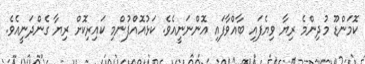
ކޮމަންޑޫ މުދިންމެ ރިޔާ ވިޔެފައި ބާއްވާފައި އޮންނަނީއެވެ. ކަޅުއޮއްފުންމި ކައިރިކޮށް ރިޔާ ގެންދަނީއެވެ.